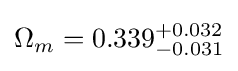
\Omega _{m}=0.339_{-0.031}^{+0.032}